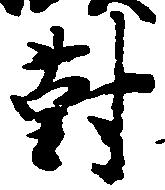
対